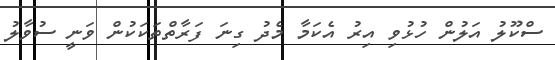
ސްކޫލު އަލުން ހުޅުވި އިރު އެކަމާ މެދު ގިނަ ފަރާތްތަކަކުން ވަނީ ސުވާލު